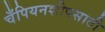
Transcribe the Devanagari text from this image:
चँपियनशीपसाठी